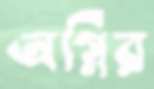
অগ্নির